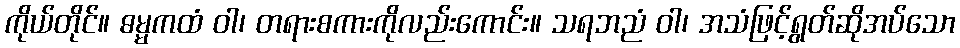
ကိုယ်တိုင်။ ဓမ္မကထံ ဝါ၊ တရားစကားကိုလည်းကောင်း။ သရဘညံ ဝါ၊ အသံဖြင့်ရွတ်ဆိုအပ်သော